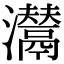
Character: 𤄵